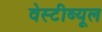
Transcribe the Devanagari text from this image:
वेस्टीब्यूल